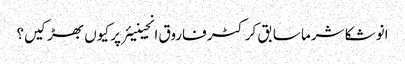
انوشکا شرما سابق کرکٹر فاروق انجینیئر پر کیوں بھڑکیں؟